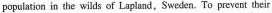
population in the wilds of Lapland,Sweden. To prevent their